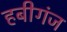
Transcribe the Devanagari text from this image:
हबीगंज